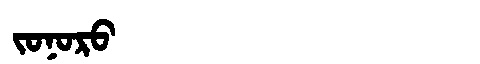
Manchu: ᠵᠣᠨᠣᡵᠣ
Romanization: JONORO